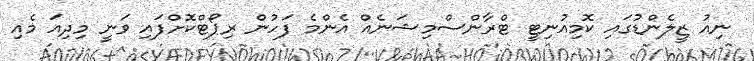
ނިއު ޒީލެންޑުގައި ކޮމިއުނިޓީ ޓްރާންސްމިޝަނެއް އެންމެ ފަހުން ރިޕޯޓްކޮށްފައި ވަނީ މިދިއަ މެއި